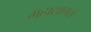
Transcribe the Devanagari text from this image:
महासागरॉ